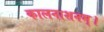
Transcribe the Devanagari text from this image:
कालनाशनम्।